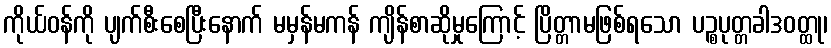
ကိုယ်ဝန်ကို ပျက်စီးစေပြီးနောက် မမှန်မကန် ကျိန်စာဆိုမှုကြောင့် ပြိတ္တာမဖြစ်ရသော ပဉ္စပုတ္တခါဒဝတ္ထု၊